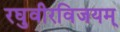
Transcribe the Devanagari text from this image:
रघुवीरविजयम्